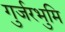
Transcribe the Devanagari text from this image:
गुर्जरभुमि